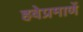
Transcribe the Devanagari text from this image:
हवेप्रमाणें